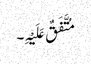
مُتَّفَقٌ عَلَیْہِ۔